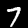
Label: 7